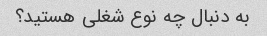
به دنبال چه نوع شغلی هستید؟